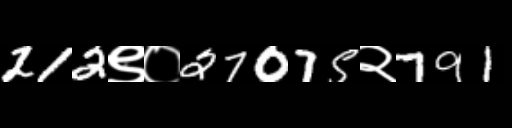
Text: 212९०27075२791